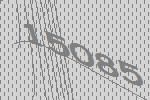
15085